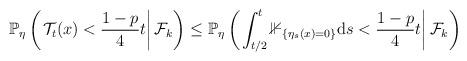
LaTeX: \begin{align*} \mathbb{P}_\eta\left(\left. \mathcal{T}_t(x) < \frac{1-p}{4}t\right|\mathcal{F}_{k}\right) \leq \mathbb{P}_\eta\left(\left.\int_{t/2}^{t}\mathbb{1}_{\{\eta_s(x)=0\}}\mathrm{d}s < \frac{1-p}{4}t\right|\mathcal{F}_{k}\right) \end{align*}